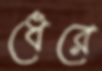
ধেরে